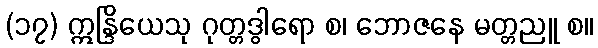
(၁၇) ဣန္ဒြိယေသု ဂုတ္တဒွါရော စ၊ ဘောဇနေ မတ္တညူ စ။